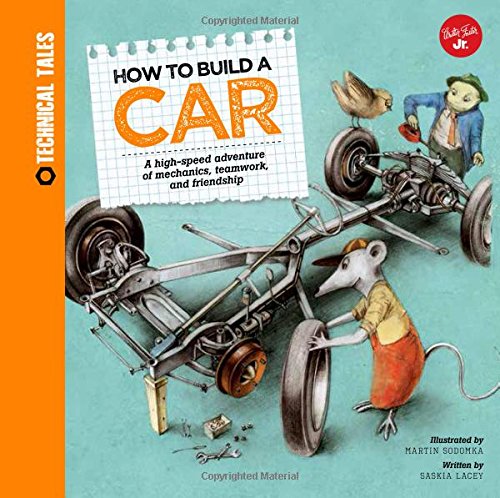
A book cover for How to Build a Car: A high-speed adventure of mechanics, teamwork, and friendship (Technical Tales); Martin Sodomka; Children's Books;